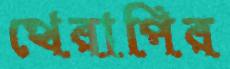
থেরাপির